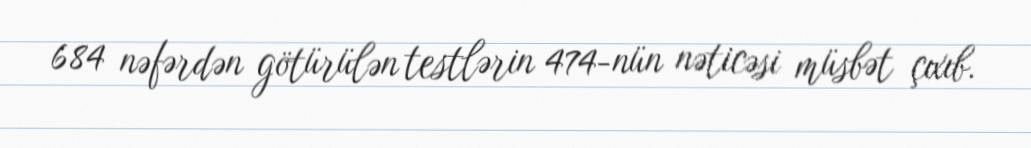
684 nəfərdən götürülən testlərin 474-nün nəticəsi müsbət çıxıb.